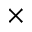
\times